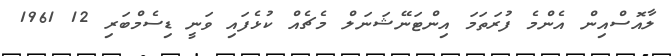
ލާއޮސްއިން އެންމެ ފުރަތަމަ އިންޓަނޭޝަނަލް މެޗެއް ކުޅެފައި ވަނީ ޑިސެމްބަރި 12 1961